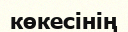
көкесінің